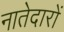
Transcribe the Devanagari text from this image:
नातेदारों